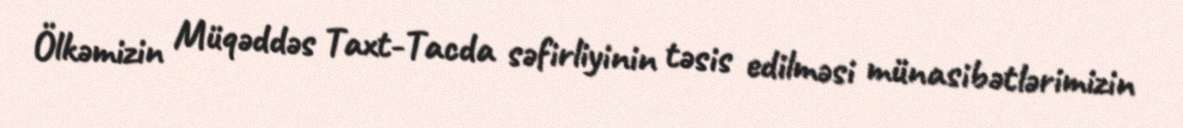
Ölkəmizin Müqəddəs Taxt-Tacda səfirliyinin təsis edilməsi münasibətlərimizin